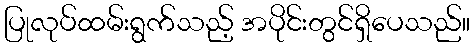
ပြုလုပ်ထမ်းရွက်သည့် အပိုင်းတွင်ရှိပေသည်။